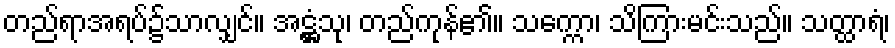
တည်ရာအရပ်၌သာလျှင်။ အဋ္ဌံသု၊ တည်ကုန်၏။ သက္ကော၊ သိကြားမင်းသည်။ သတ္ထာရံ၊